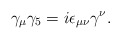
\begin{align*}\gamma_\mu\gamma_5=i\epsilon_{\mu\nu}\gamma^\nu.\end{align*}